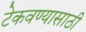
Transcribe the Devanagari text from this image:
टेकवण्यासाठी